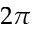
2 \pi